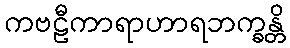
ကဗဠီကာရာဟာရဘက္ခန္တိ